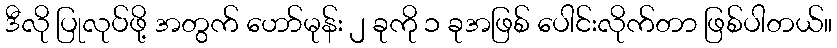
ဒီလို ပြုလုပ်ဖို့ အတွက် ဟော်မုန်း ၂ ခုကို ၁ ခုအဖြစ် ပေါင်းလိုက်တာ ဖြစ်ပါတယ်။